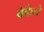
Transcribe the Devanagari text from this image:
बॅकेचे